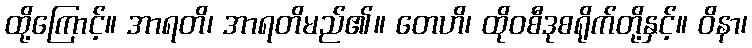
ထို့ကြောင့်။ အာရတိ၊ အာရတိမည်၏။ တေဟိ၊ ထိုဝစီဒုစရိုက်တို့နှင့်။ ဝိနာ၊